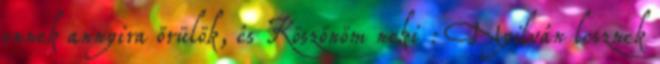
ennek annyira örülök, és Köszönöm neki : Nyilván lesznek